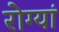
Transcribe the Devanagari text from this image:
रोग्यां